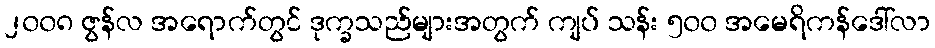
၂၀၀၈ ဇွန်လ အရောက်တွင် ဒုက္ခသည်များအတွက် ကျပ် သန်း ၅၀၀ အမေရိကန်ဒေါ်လာ